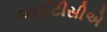
આઈટીસીએ